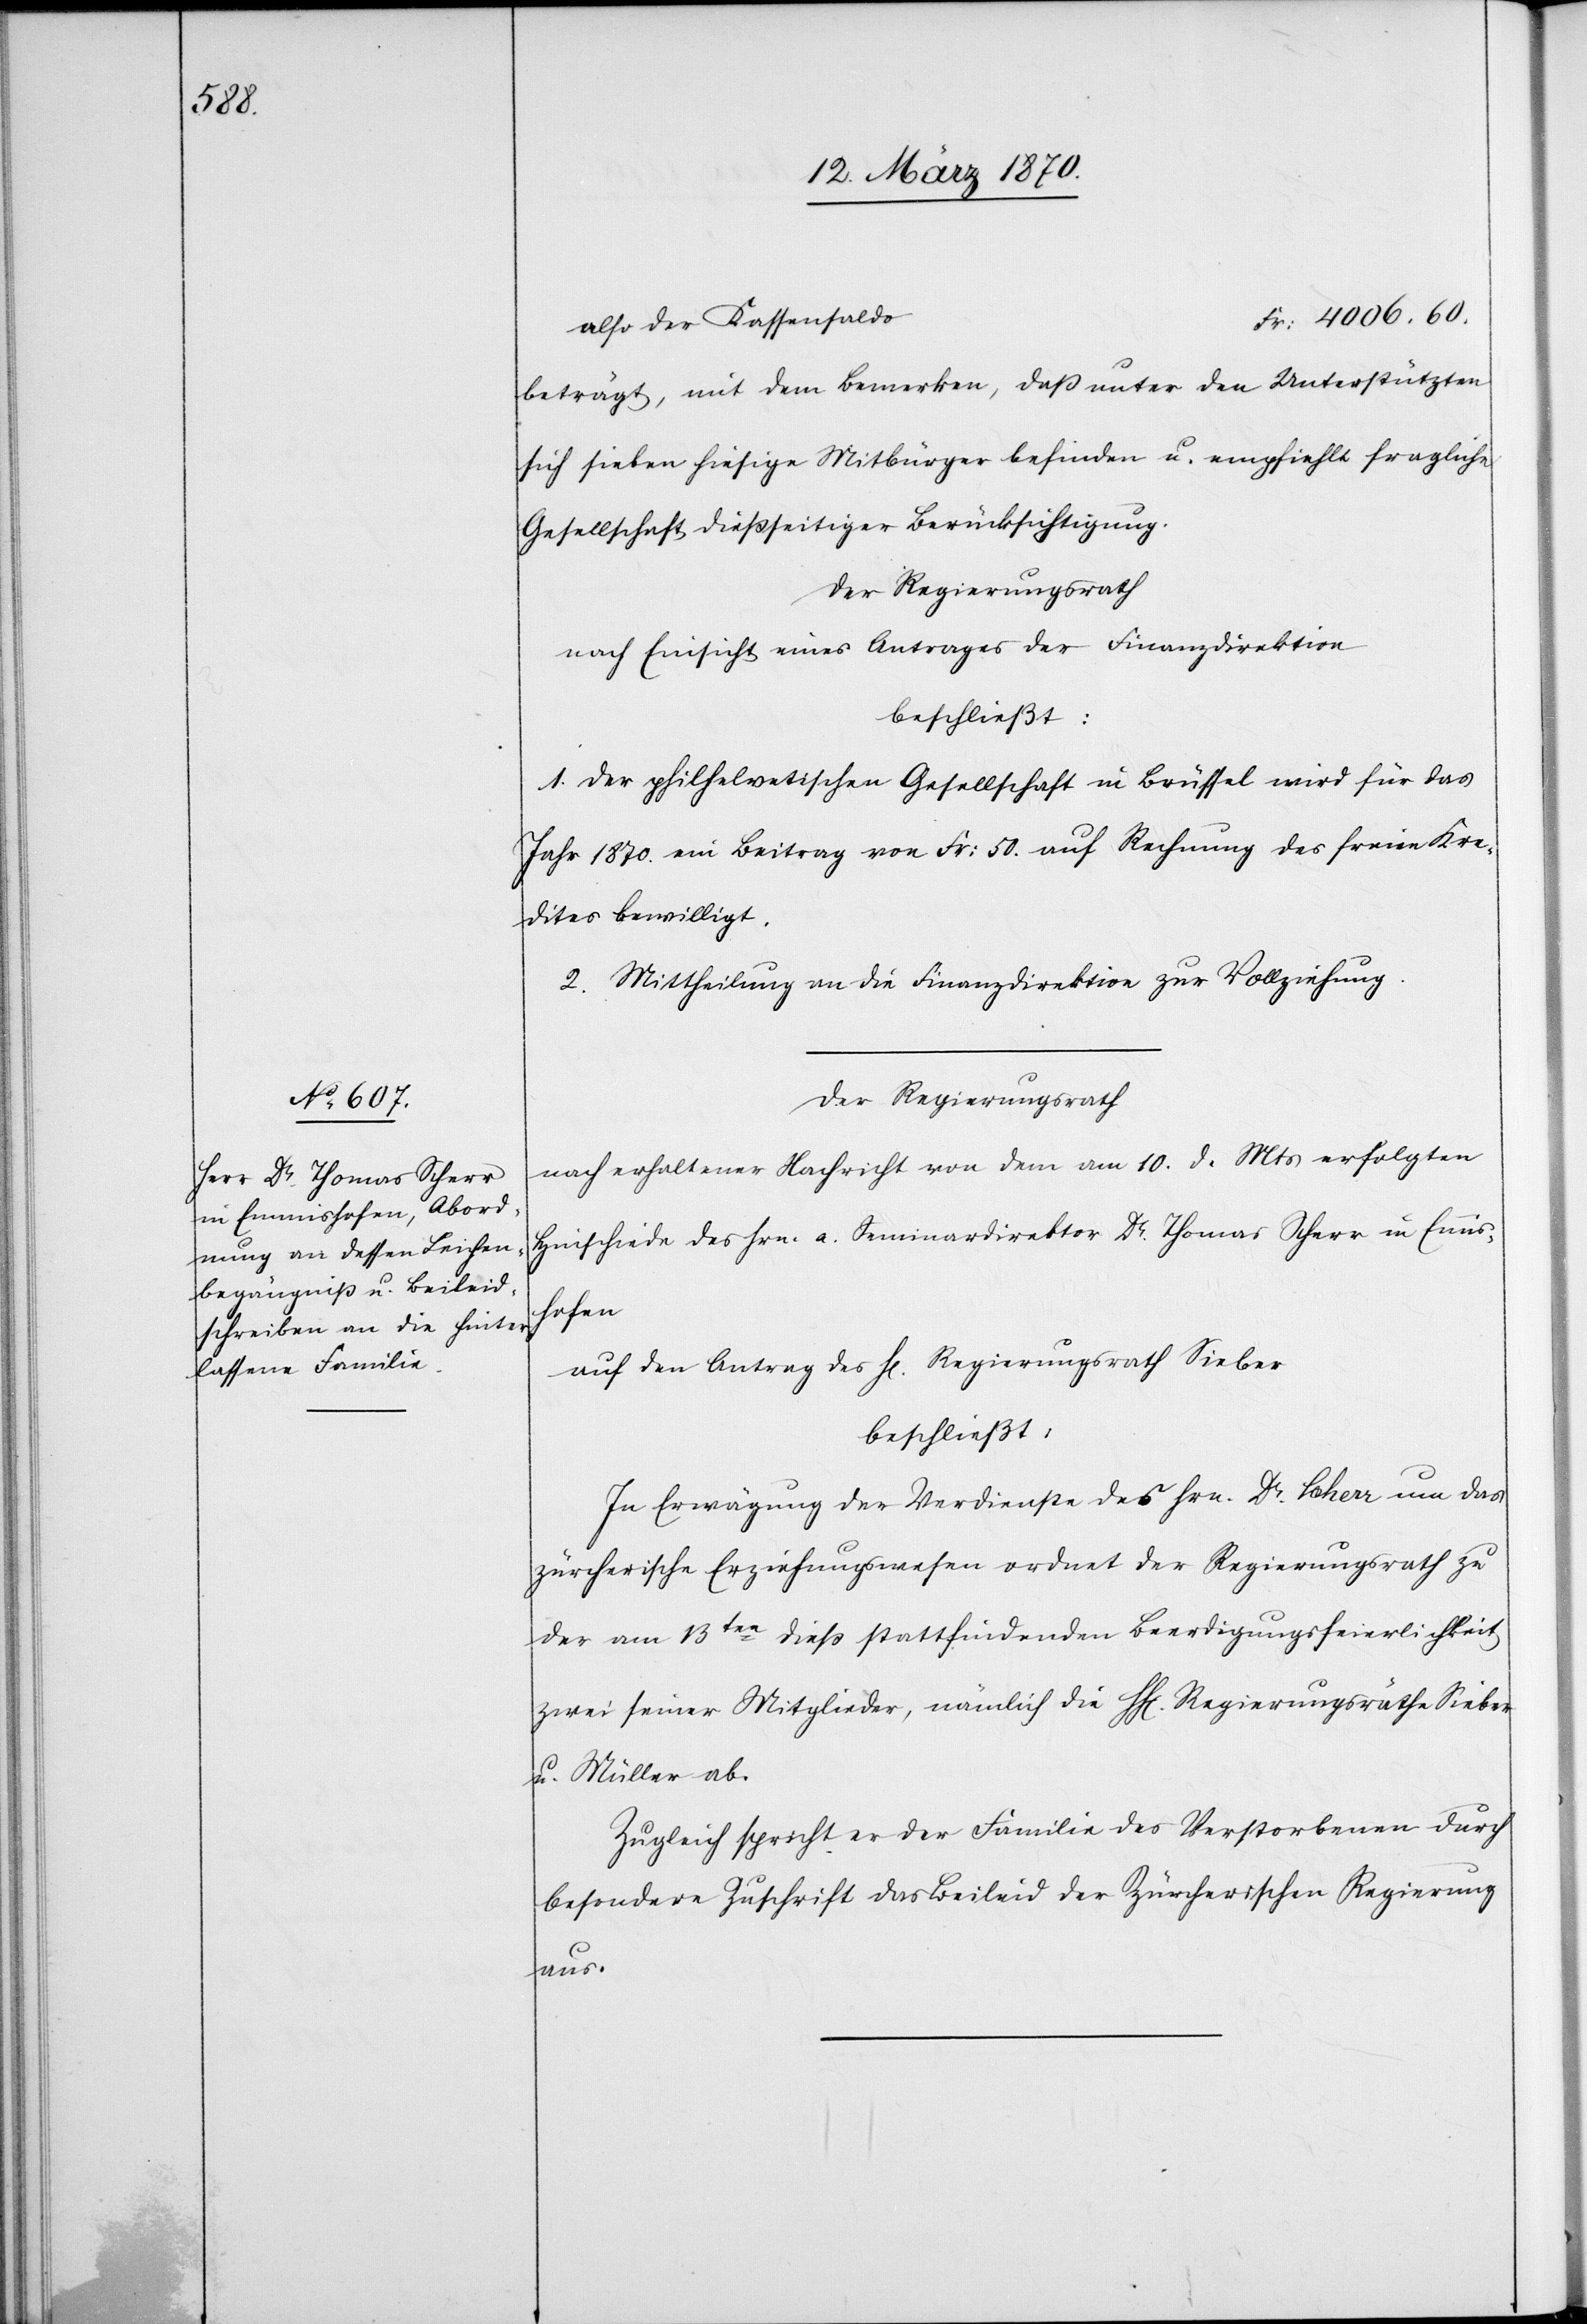
also der Kassensaldo
beträgt, mit dem Bemerken, daß unter den Unterstützten
sich sieben hiesige Mitbürger befinden u. empfiehlt fragliche
Gesellschaft dießseitiger Berücksichtigung.
Der Regierungsrath
nach Einsicht eines Antrages der Finanzdirektion
beschließt:
1. Der philhelvetischen Gesellschaft in Brüssel wird für das
Jahr 1870. ein Beitrag von Fr: 50. auf Rechnung des freien Kre¬
dites bewilligt.
2. Mittheilung an die Finanzdirektion zur Vollziehung.
Der Regierungsrath
nach erhaltener Nachricht von dem am 10. d. Mts erfolgten
Hinschiede des Hrn. a. Seminardirektor Thomas Scherr in Emmis¬
hofen
auf den Antrag des H[errn] Regierungsrath Sieber
beschließt:
In Erwägung der Verdienste des Hrn. Dr. Scherr um das
zürcherische Erziehungswesen ordnet der Regierungsrath zu
der am 13ten dieß stattfindenden Beerdigungsfeierlichkeit
zwei seiner Mitglieder, nämlich die HH[erren] Regierungsräthe Sieber
u. Müller ab.
Zugleich spricht er der Familie des Verstorbenen durch
besondere Zuschrift das Beileid der Zürcherischen Regierung
aus.